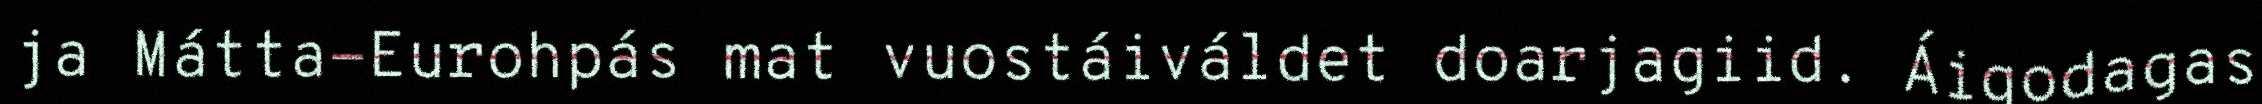
ja Mátta-Eurohpás mat vuostáiváldet doarjagiid. Áigodagas